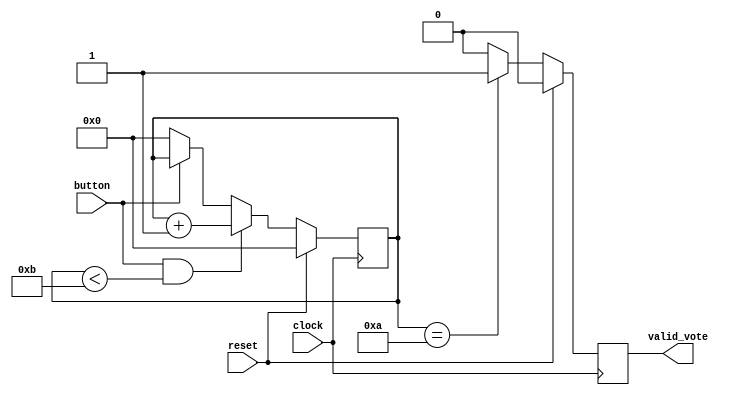
// Code your design here
`timescale 1ns / 1ps

module buttonControl(
input clock,
input reset,
input button,
output reg valid_vote
);

reg [30:0] counter;

always @(posedge clock)
begin
    if(reset)
        counter <= 0;
    else
    begin
        if(button & counter < 11)
            counter <= counter + 1;
        else if(!button)
            counter <= 0;
    end
end


always @(posedge clock)
begin
    if(reset)
        valid_vote <= 1'b0;
    else
    begin
        if(counter == 10)
            valid_vote <= 1'b1;
        else
            valid_vote <= 1'b0;
    end
end

endmodule

module modeControl(
input clock,
input reset,
input mode,
input valid_vote_casted,
input [7:0] candidate1_vote,
input [7:0] candidate2_vote,
input [7:0] candidate3_vote,
input [7:0] candidate4_vote,
input candidate1_button_press,
input candidate2_button_press,
input candidate3_button_press,
input candidate4_button_press,
output reg [7:0] leds
    );
    
reg [30:0] counter;

always @(posedge clock)
begin
    if(reset)
        counter <= 0;   //Whenever reset is pressed, counter started from 0
    else if(valid_vote_casted) //If a valid vote is casted, counter becomes 1
        counter <= counter + 1;
    else if(counter !=0 & counter < 10)//If counter is not 0, increment it till 10
        counter <= counter + 1;
    else //Once counter becomes 10, reset it to zero
        counter <= 0;
end    
    
always @(posedge clock)
begin
    if(reset)
        leds <= 0;
    else
    begin
        if(mode == 0 &  counter > 0 ) //mode0 -> voting mode, mode 1 -> result mode
            leds <= 8'hFF;
        else if(mode == 0)
            leds <= 8'h00;
        else if(mode == 1) //result mode
        begin
            if(candidate1_button_press)
                leds <= candidate1_vote;
            else if(candidate2_button_press)
                leds <= candidate2_vote;
            else if(candidate3_button_press)
                leds <= candidate3_vote;
            else if(candidate4_button_press)
                leds <= candidate4_vote;
        end
    end  
end
    
endmodule

module voteLogger(
input clock,
input reset,
input mode,
input cand1_vote_valid,
input cand2_vote_valid,
input cand3_vote_valid,
input cand4_vote_valid,
output reg [7:0] cand1_vote_recvd,
output reg [7:0] cand2_vote_recvd,
output reg [7:0] cand3_vote_recvd,
output reg [7:0] cand4_vote_recvd
);


always @(posedge clock)
begin
    if(reset)
    begin
        cand1_vote_recvd <= 0;
        cand2_vote_recvd <= 0;
        cand3_vote_recvd <= 0;
        cand4_vote_recvd <= 0;
    end
    else
    begin
        if(cand1_vote_valid & mode==0)
            cand1_vote_recvd <= cand1_vote_recvd + 1;
        else if(cand2_vote_valid & mode==0)
            cand2_vote_recvd <= cand2_vote_recvd + 1;
        else if(cand3_vote_valid & mode==0)
            cand3_vote_recvd <= cand3_vote_recvd + 1;
        else if(cand4_vote_valid & mode==0)
            cand4_vote_recvd <= cand4_vote_recvd + 1;
    end
end


endmodule

module votingMachine(
input clock,
input reset,
input mode,
input button1,
input button2,
input button3,
input button4,
output [7:0] led
);

wire valid_vote_1;
wire valid_vote_2;
wire valid_vote_3;
wire valid_vote_4;
wire [7:0] cand1_vote_recvd;
wire [7:0] cand2_vote_recvd;
wire [7:0] cand3_vote_recvd;
wire [7:0] cand4_vote_recvd;
wire anyValidVote;

assign anyValidVote = valid_vote_1|valid_vote_2|valid_vote_3|valid_vote_4;

buttonControl bc1(
.clock(clock),
.reset(reset),
.button(button1),
.valid_vote(valid_vote_1)
);

buttonControl bc2(
.clock(clock),
.reset(reset),
.button(button2),
.valid_vote(valid_vote_2)
);

buttonControl bc3(
.clock(clock),
.reset(reset),
.button(button3),//
.valid_vote(valid_vote_3)
);

buttonControl bc4(
.clock(clock),
.reset(reset),
.button(button4),
.valid_vote(valid_vote_4)
);



voteLogger VL(
.clock(clock),
.reset(reset),
.mode(mode),
.cand1_vote_valid(valid_vote_1),
.cand2_vote_valid(valid_vote_2),
.cand3_vote_valid(valid_vote_3),
.cand4_vote_valid(valid_vote_4),
.cand1_vote_recvd(cand1_vote_recvd),
.cand2_vote_recvd(cand2_vote_recvd),
.cand3_vote_recvd(cand3_vote_recvd),
.cand4_vote_recvd(cand4_vote_recvd)
);


modeControl MC(
.clock(clock),
.reset(reset),
.mode(mode),
.valid_vote_casted(anyValidVote),
.candidate1_vote(cand1_vote_recvd),
.candidate2_vote(cand2_vote_recvd),
.candidate3_vote(cand3_vote_recvd),
.candidate4_vote(cand4_vote_recvd),
.candidate1_button_press(valid_vote_1),
.candidate2_button_press(valid_vote_2),
.candidate3_button_press(valid_vote_3),
.candidate4_button_press(valid_vote_4),
.leds(led)
    );

endmodule